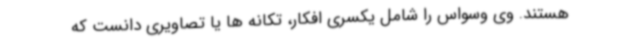
هستند. وی وسواس را شامل یکسری افکار، تکانه ها یا تصاویری دانست که